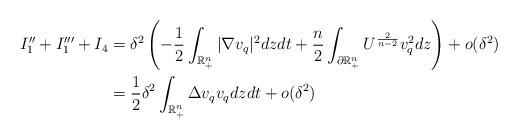
LaTeX: \begin{align*}\begin{aligned}I_{1}''+I_{1}'''+I_{4}&= \delta^{2} \left(-\frac12\int_{\mathbb{R}_{+}^{n}}|\nabla v_{q}|^{2}dzdt+\frac n2\int_{\partial\mathbb{R}_{+}^{n}}U^{\frac{2}{n-2}}v_{q}^{2}dz\right) +o(\delta^{2})\\&= \frac12\delta^{2} \int_{\mathbb{R}_{+}^{n}}\Delta v_{q}v_qdzdt+o(\delta^{2})\end{aligned}\end{align*}